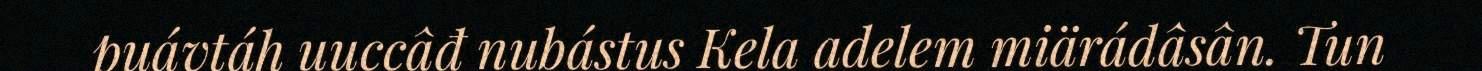
puávtáh uuccâđ nubástus Kela adelem miärádâsân. Tun